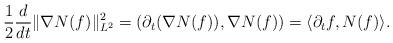
LaTeX: \begin{align*}\frac{1}{2} \frac{d}{dt} \|\nabla N(f)\|_{L^{2}}^{2} = (\partial_{t}(\nabla N(f)),\nabla N(f)) = \langle \partial_{t}f, N(f) \rangle.\end{align*}